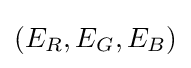
(E_{R},E_{G},E_{B})